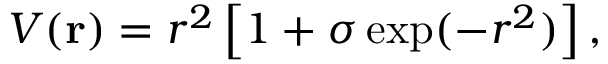
V ( \mathbf { r } ) = r ^ { 2 } \left[ 1 + \sigma \exp ( - r ^ { 2 } ) \right] ,